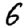
Digit: 6